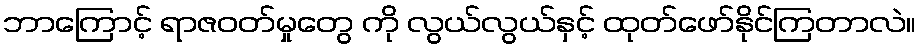
ဘာကြောင့် ရာဇဝတ်မှုတွေ ကို လွယ်လွယ်နှင့် ထုတ်ဖော်နိုင်ကြတာလဲ။